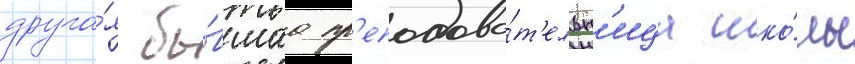
друга́я бы́вшаа пр'еподава́т'ельн'ица шко́лы